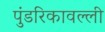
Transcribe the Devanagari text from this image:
पुंडरिकावल्ली